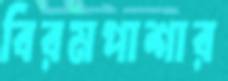
বিরমপাশার